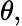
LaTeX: \theta,